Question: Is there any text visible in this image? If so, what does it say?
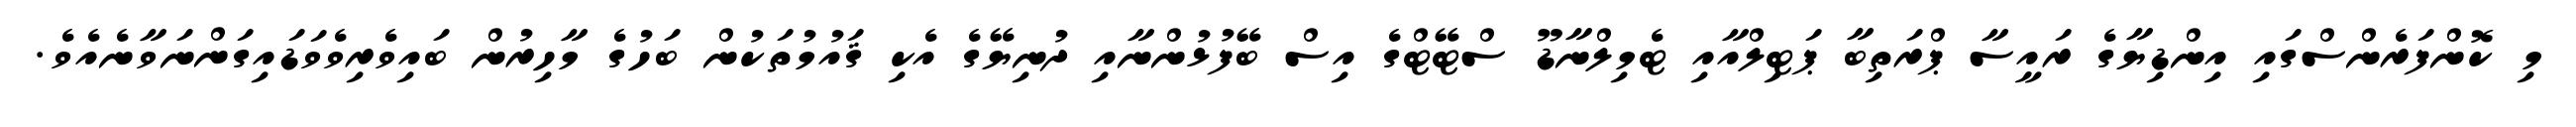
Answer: މި ކޮންފަރެންސްގައި އިންޑިޔާގެ ރައީސާ ޕްރަތިބާ ޕަޓިލްއާއި ޓެމިލްނާޑޫ ސްޓޭޓްގެ އިސް ބޭފުޅުންނާއި ދުނިޔޭގެ އެކި ޤައުމުތަކުން ބަހުގެ މާހިރުން ބައިވެރިވެވަޑައިގަންނަވާނެއެވެ.